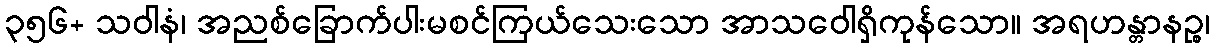
၃၅၆+ သဝါနံ၊ အညစ်ခြောက်ပါးမစင်ကြယ်သေးသော အာသဝေါရှိကုန်သော။ အရဟန္တာနဉ္စ၊